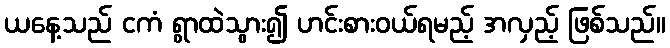
ယနေ့သည် ငကံ ရွာထဲသွား၍ ဟင်းစားဝယ်ရမည့် အလှည့် ဖြစ်သည်။